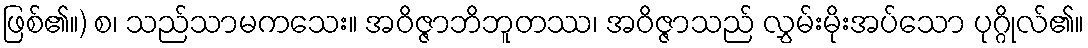
ဖြစ်၏။) စ၊ သည်သာမကသေး။ အဝိဇ္ဇာဘိဘူတဿ၊ အဝိဇ္ဇာသည် လွှမ်းမိုးအပ်သော ပုဂ္ဂိုလ်၏။